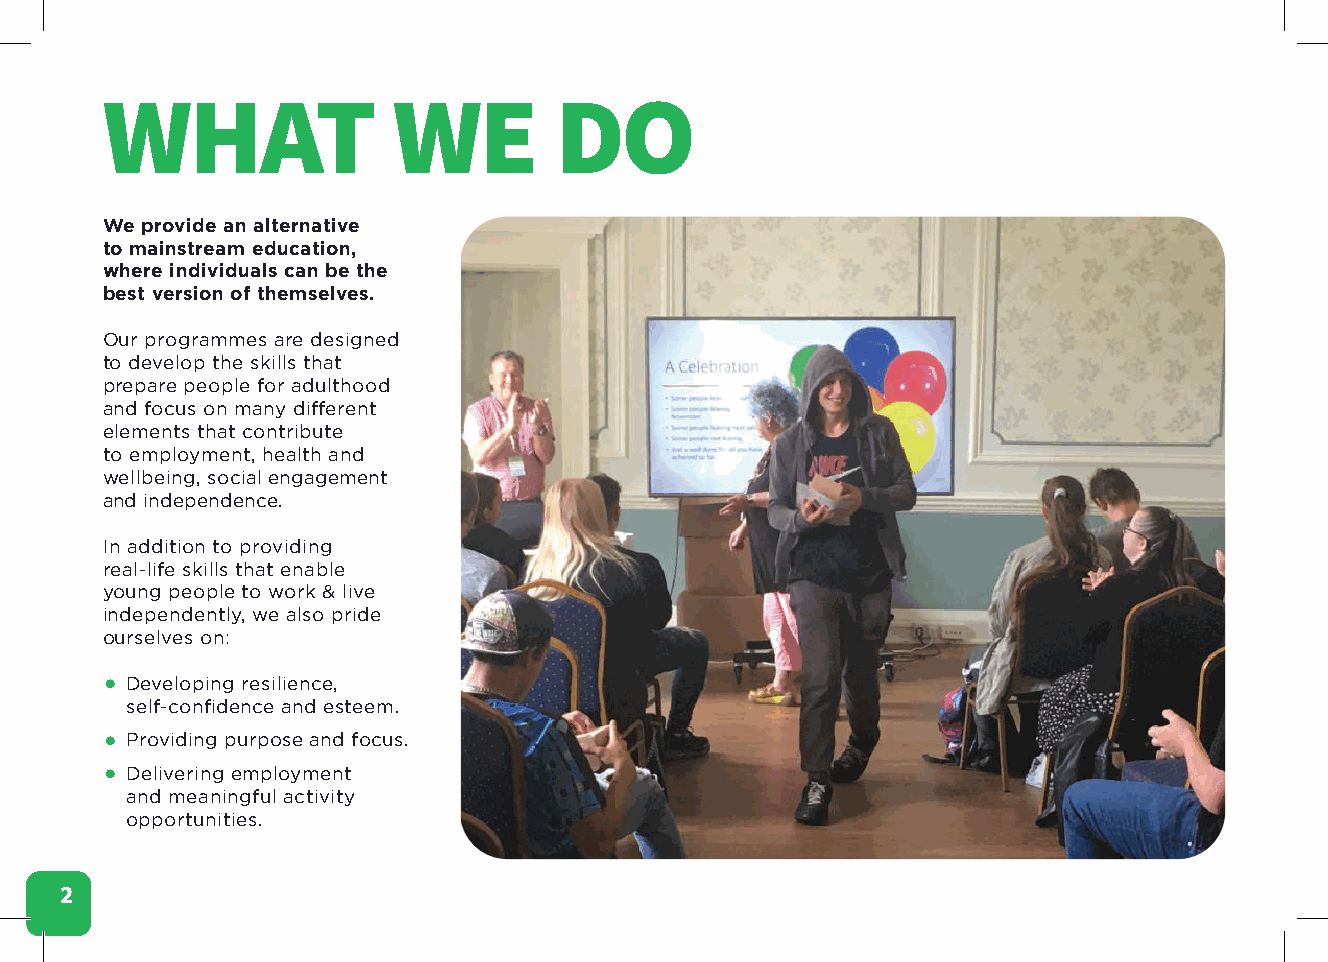
WHAT               WE         DO
 We provide an alternative
 to mainstream education,
 where individuals can be the
 best version of themselves.
 Our programmes are designed
 to develop the skills that
 prepare people for adulthood
 and focus on many different
 elements that contribute
 to employment, health and
 wellbeing, social engagement
 and independence.
 In addition to providing
 real-life skills that enable
 young people to work & live
 independently, we also pride
 ourselves on:
 • Developing resilience,
 self-confidence and esteem.
 • Providing purpose and focus.
 • Delivering employment
 and meaningful activity
 opportunities.
 2